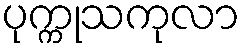
ပုက္ကုသကုလာ